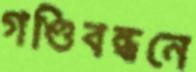
গণ্ডিবন্ধনে